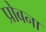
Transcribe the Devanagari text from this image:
प्रोबना